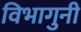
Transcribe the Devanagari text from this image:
विभागुनी